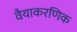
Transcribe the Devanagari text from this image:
वैयाकरणिक